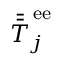
\bar { \bar { T } } _ { j } ^ { \, \mathrm { e e } }